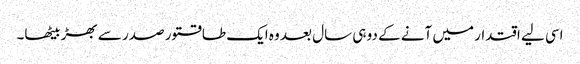
اسی لیے اقتدار میں آنے کے دو ہی سال بعد وہ ایک طاقتور صدر سے بھڑ بیٹھا۔